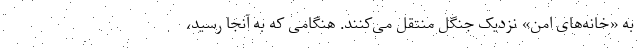
به «خانه‌های امن» نزدیک جنگل منتقل می‌کنند. هنگامی که به آنجا رسید،